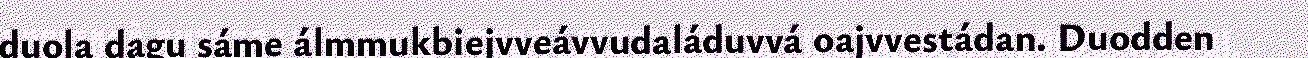
duola dagu sáme álmmukbiejvveávvudaláduvvá oajvvestádan. Duodden